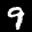
Label: 9